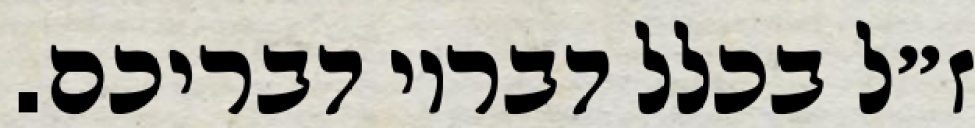
ז״ל בכלל דבריו דבריכם.